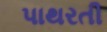
પાથરતી